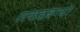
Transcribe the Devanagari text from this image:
लकडबग्घा